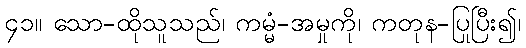
၄၁။ သော-ထိုသူသည်၊ ကမ္မံ-အမှုကို၊ ကတုန-ပြုပြီး၍၊